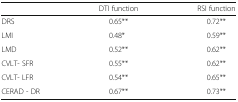
<table><thead><tr><td></td><td><b>DTI function</b></td><td><b>RSI function</b></td></tr></thead><tbody><tr><td>DRS</td><td>0.65**</td><td>0.72**</td></tr><tr><td>LMI</td><td>0.48*</td><td>0.59**</td></tr><tr><td>LMD</td><td>0.52**</td><td>0.62**</td></tr><tr><td>CVLT- SFR</td><td>0.55**</td><td>0.62**</td></tr><tr><td>CVLT- LFR</td><td>0.54**</td><td>0.65**</td></tr><tr><td>CERAD - DR</td><td>0.67**</td><td>0.73**</td></tr></tbody></table>